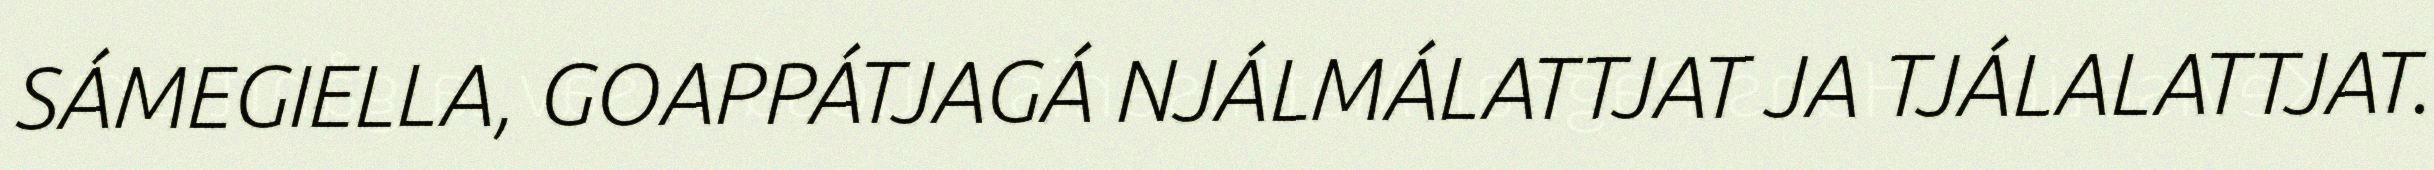
SÁMEGIELLA, GOAPPÁTJAGÁ NJÁLMÁLATTJAT JA TJÁLALATTJAT.